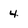
Character: 4